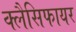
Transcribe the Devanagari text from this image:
क्लैसिफायर